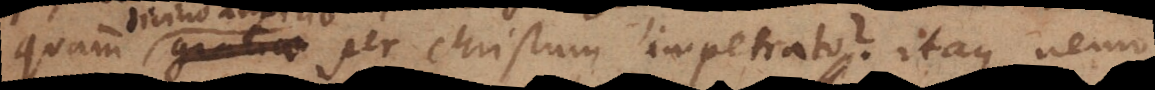
auxilio per Christum impetrato? Itaque nemo